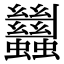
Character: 蠿